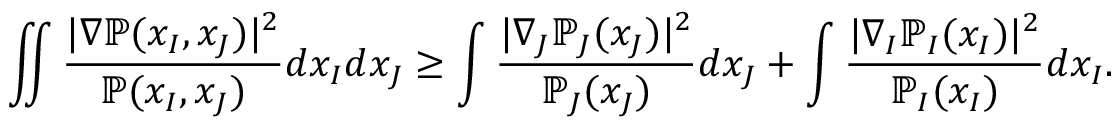
\iint \frac { | \nabla \mathbb { P } ( x _ { I } , x _ { J } ) | ^ { 2 } } { \mathbb { P } ( x _ { I } , x _ { J } ) } d x _ { I } d x _ { J } \geq \int \frac { | \nabla _ { J } \mathbb { P } _ { J } ( x _ { J } ) | ^ { 2 } } { \mathbb { P } _ { J } ( x _ { J } ) } d x _ { J } + \int \frac { | \nabla _ { I } \mathbb { P } _ { I } ( x _ { I } ) | ^ { 2 } } { \mathbb { P } _ { I } ( x _ { I } ) } d x _ { I } .